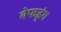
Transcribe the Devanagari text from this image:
बेफह्रुंग